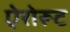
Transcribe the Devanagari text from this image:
ऐरोरूट